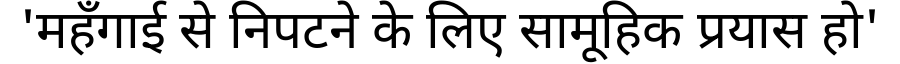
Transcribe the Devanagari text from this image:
'महँगाई से निपटने के लिए सामूहिक प्रयास हो'